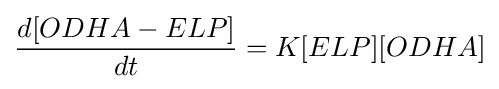
{d[ODHA-ELP] \over dt}=K[ELP][ODHA]